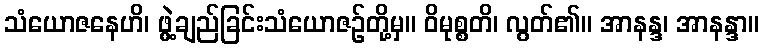
သံယောဇနေဟိ၊ ဖွဲ့ချည်ခြင်းသံယောဇဉ်တို့မှ။ ဝိမုစ္စတိ၊ လွတ်၏။ အာနန္ဒ၊ အာနန္ဒာ။